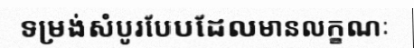
ទម្រង់សំបូរបែបដែលមានលក្ខណៈ